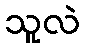
သူလဲ